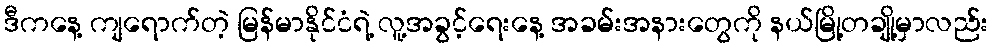
ဒီကနေ့ ကျရောက်တဲ့ မြန်မာနိုင်ငံရဲ့ လူ့အခွင့်ရေးနေ့ အခမ်းအနားတွေကို နယ်မြို့တချို့မှာလည်း